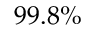
9 9 . 8 \%